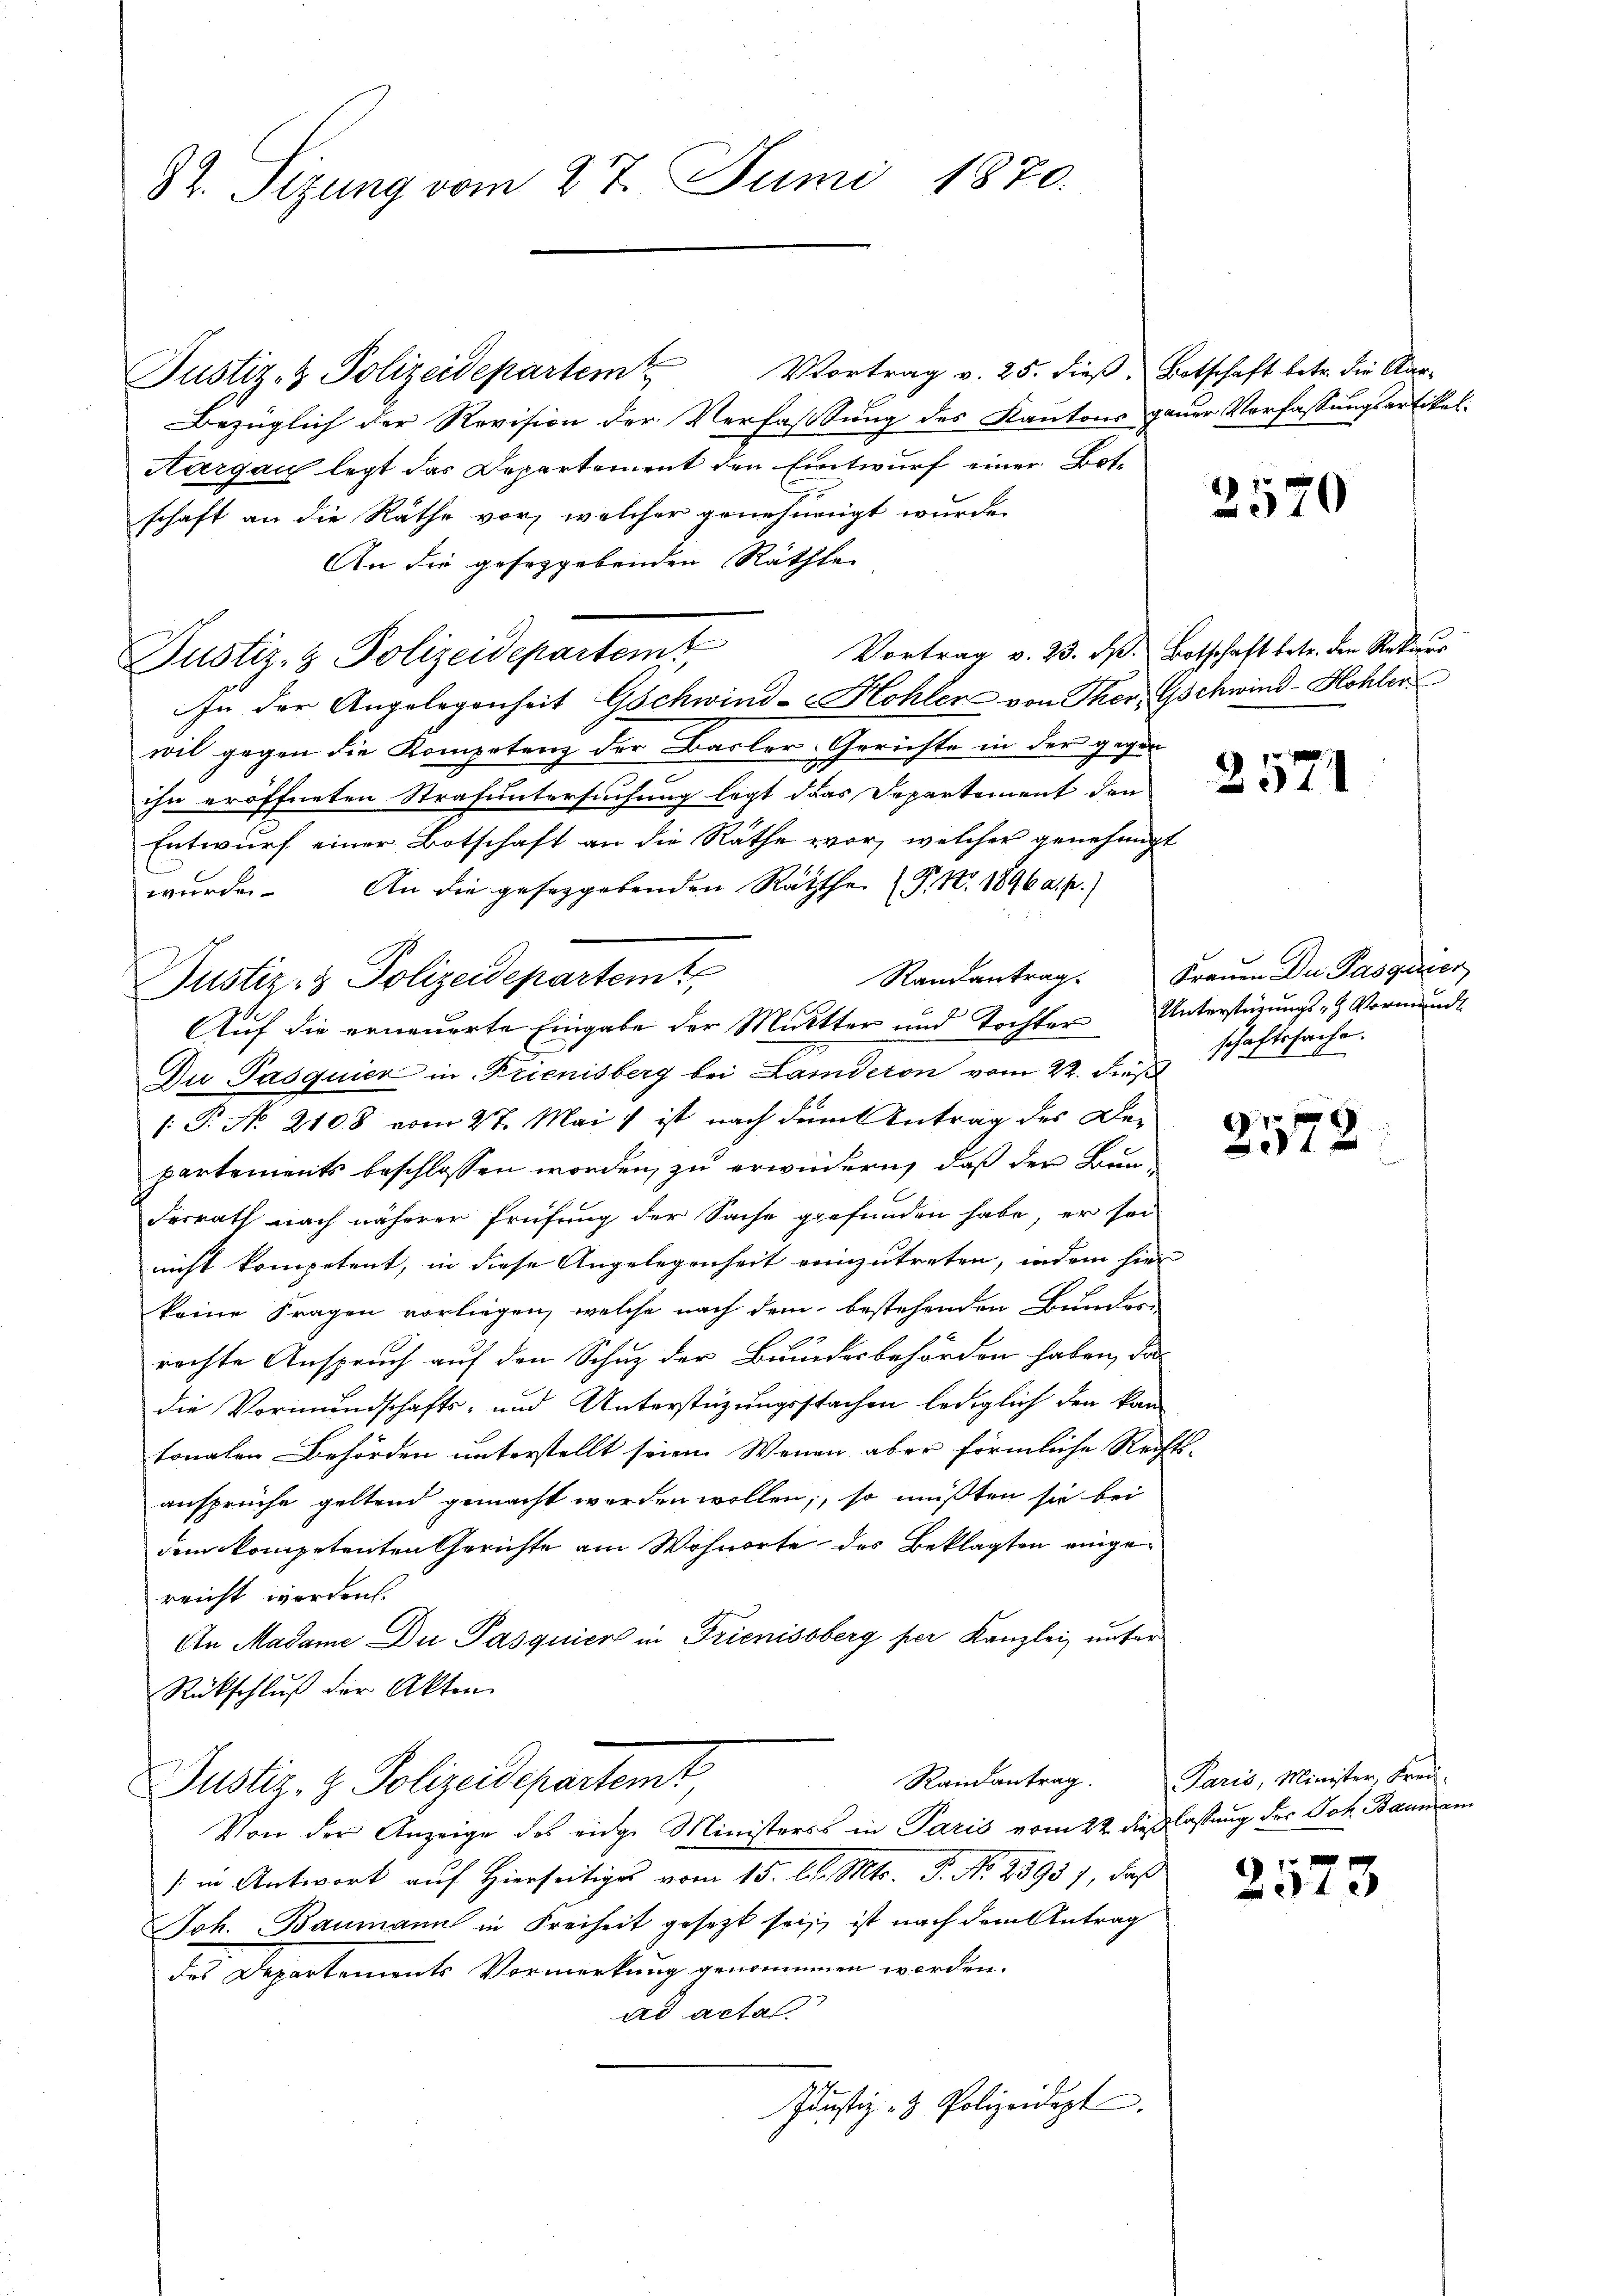
32. Sizung vom 27. Juni 1870.

Justiz- & Polizeidepartem Vortrag v. 25. dieβ. Botschaft betr. die Aar-
Bezüglich der Revision der Verfassung des Kantons gauer Verfassungsartikel¬
Hargau legt das Departement den Entwurf einer Botschaft an die Räthe vor, welcher genehmigt wurde.
An die geseggebenden Räthte
Justiz- & Polizeidepartemt
In der Angelegenheit Gschwind-Kohler von There Gschwind-Hohler
wil gegen die Kompetenz der Basler-Gerichte in der gegen
ihn eröffneten Strafuntersuchung legt das Departement den
Entwurf einer Botschaft an die Räthe vor, welcher genehmigt
wurden. An die geseggebenden Räthe (P. Nr. 1896 a. p.)
Aŭf die erneuerte Eingabe der Mutter und Tochter Unterstützŭngs- & Vormŭnds
Du Pasquien in Krienisberg bei Landeron vom 22. Fuß
[: P. No. 2108 vom 27. Mai ist nach den Antrag des Departements beschlossen worden, zu erwiedern, daß der Bunderrath nach näherer Prüfung der Sache gefunden habe, er sei
nicht kompetent, in diese Angelegenheit einzutreten, indem hier
keine Fragen vorliegen, welche nach dem bestehenden Bundes-
rachte Anspruch auf den Schuz der Bundesbehörden haben, das
die Vormundschafts- und Unterstüzungsstachen lediglich den kan
tonalen Behörden unterstellt seien. Wenn aber förmliche Rechts-
ansprüche geltend gemacht werden wollen, so müßten sie bei
dem kompetenten Gerichte am Wohnorte des Beklagten eingereicht worden.
An Madame Du Pasquier in Trienissberg per Kanzlei unter
Rückschluß der Akten.
Randantrag. Paris, Minister, Frei-
x Justiz- & Polizeidepartemt
Von der Anzeige des einge Ministers in Paris vom 22 die lassung der Joh. Baanen
) in Antwort auf Hierseitiges vom 15. d. d. Mts. P. Nr. 28937, daß
Joh. Baumann in Freiheit gesetzt sei, ist nach dem Antrag
des Departements Vormerkŭung genommen worden.
ad actal
Justiz- & Polizeidept

Justiz- & Polizeidepartem

2570

Vortrag v. 23. J. Botschaft betr. den Rekurs

Randantrag. Frauen Du Pasquier
schaftssache.

1 f 0 x
 x

2573